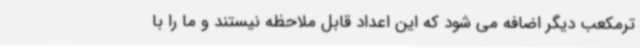
ترمکعب دیگر اضافه می شود که این اعداد قابل ملاحظه نیستند و ما را با